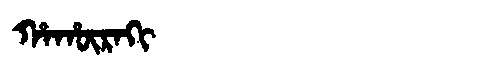
Manchu: ᡥᠠᡥᡡᡵᠠᡴᡳ
Romanization: HAHŪRAKI